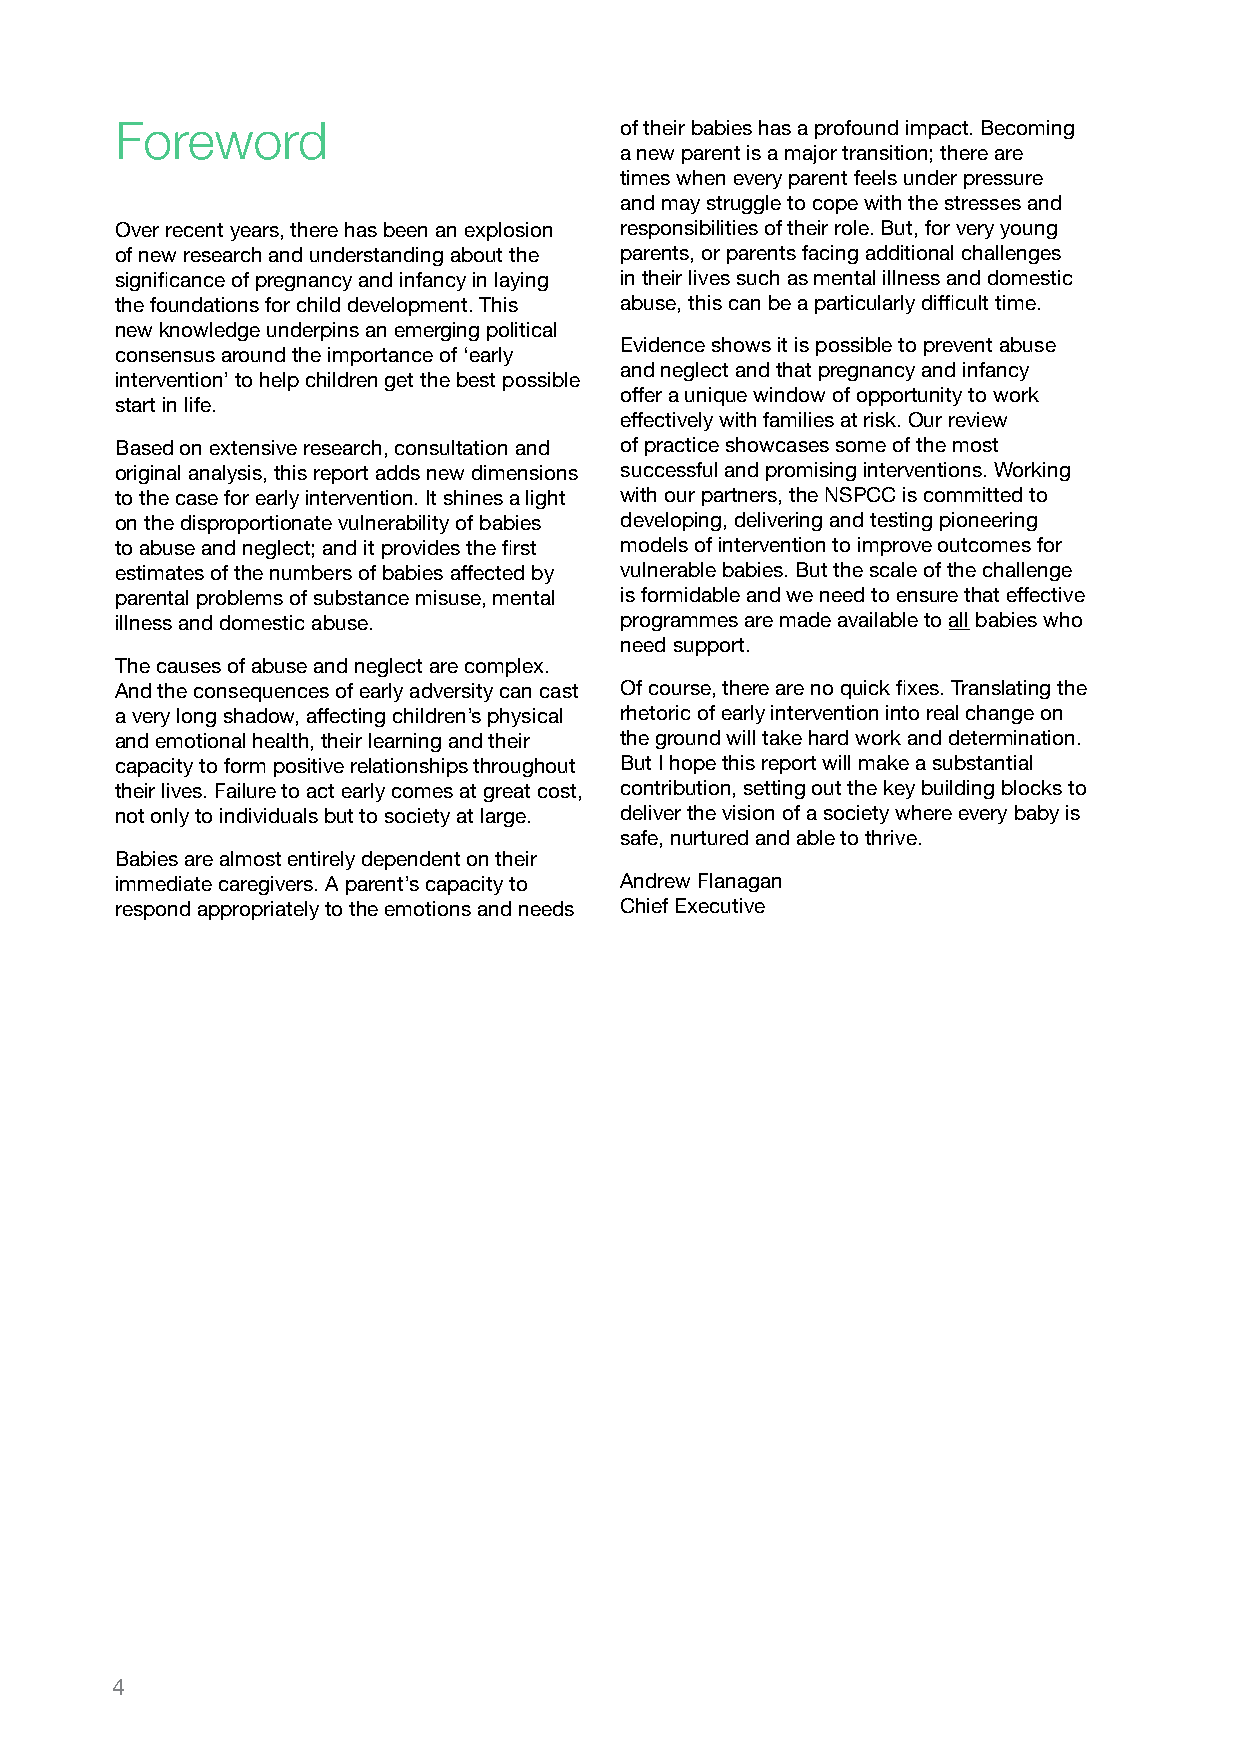
Foreword                         of their babies has a profound impact. Becoming
 a new parent is a major transition; there are
 times when every parent feels under pressure
 and may struggle to cope with the stresses and
 Over recent years, there has been an explosion responsibilities of their role. But, for very young
 of new research and understanding about the parents, or parents facing additional challenges
 significance of pregnancy and infancy in laying in their lives such as mental illness and domestic
 the foundations for child development. This abuse, this can be a particularly difficult time.
 new knowledge underpins an emerging political
 Evidence shows it is possible to prevent abuse
 consensus around the importance of ‘early
 and neglect and that pregnancy and infancy
 intervention’ to help children get the best possible
 offer a unique window of opportunity to work
 start in life.
 effectively with families at risk. Our review
 Based on extensive research, consultation and of practice showcases some of the most
 original analysis, this report adds new dimensions successful and promising interventions. Working
 to the case for early intervention. It shines a light with our partners, the NSPCC is committed to
 on the disproportionate vulnerability of babies developing, delivering and testing pioneering
 to abuse and neglect; and it provides the first models of intervention to improve outcomes for
 estimates of the numbers of babies affected by vulnerable babies. But the scale of the challenge
 parental problems of substance misuse, mental is formidable and we need to ensure that effective
 illness and domestic abuse.      programmes are made available to all babies who
 need support.
 The causes of abuse and neglect are complex.
 And the consequences of early adversity can cast Of course, there are no quick fixes. Translating the
 a very long shadow, affecting children’s physical rhetoric of early intervention into real change on
 and emotional health, their learning and their the ground will take hard work and determination.
 capacity to form positive relationships throughout But I hope this report will make a substantial
 their lives. Failure to act early comes at great cost, contribution, setting out the key building blocks to
 not only to individuals but to society at large. deliver the vision of a society where every baby is
 safe, nurtured and able to thrive.
 Babies are almost entirely dependent on their
 immediate caregivers. A parent’s capacity to Andrew Flanagan
 respond appropriately to the emotions and needs Chief Executive
 4